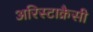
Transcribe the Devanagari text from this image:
अरिस्टाक्रैसी